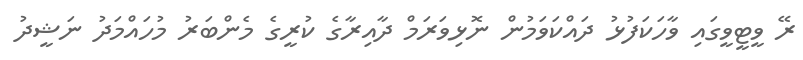
ރޭ ވީޓީވީގައި ވާހަކަފުޅު ދައްކަވަމުން ނޮޅިވަރަމް ދާއިރާގެ ކުރީގެ މެންބަރު މުހައްމަދު ނަޝީދު